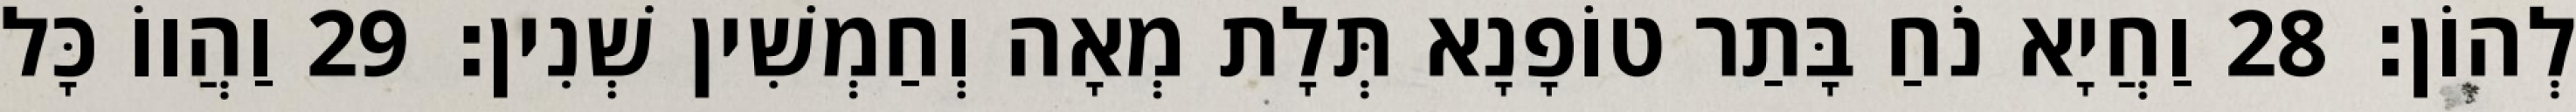
לְהוֹן׃ 28 וַחֲיָא נֹחַ בָּתַר טוֹפָנָא תְּלָת מְאָה וְחַמְשִׁין שְׁנִין׃ 29 וַהֲווֹ כָּל